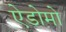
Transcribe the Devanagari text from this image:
ऐडोमो